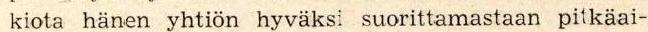
 kiota hänen yhtiön hyväksi suorittamastaan pitkäai-